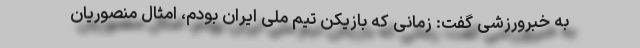
به خبرورزشی گفت: زمانی که بازیکن تیم ملی ایران بودم، امثال منصوریان